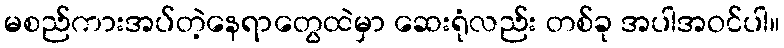
မစည်ကားအပ်တဲ့နေရာတွေထဲမှာ ဆေးရုံလည်း တစ်ခု အပါအဝင်ပါ။